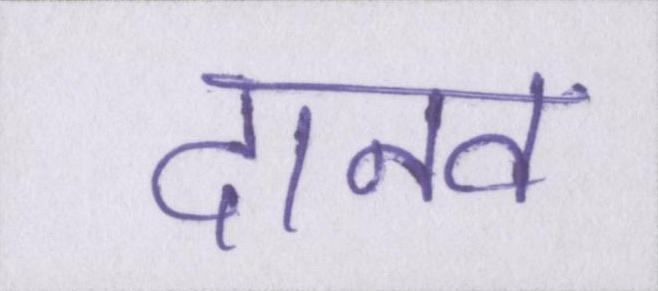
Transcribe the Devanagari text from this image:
दानव